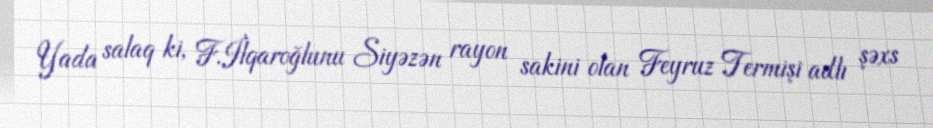
Yada salaq ki, F.İlqaroğlunu Siyəzən rayon sakini olan Feyruz Termişi adlı şəxs